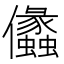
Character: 㒩